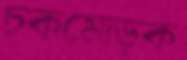
চকমোড়ক